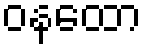
ဝနထော